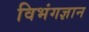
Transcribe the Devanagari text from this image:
विभंगज्ञान